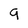
Character: 9